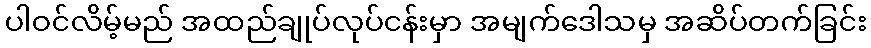
ပါဝင်လိမ့်မည် အထည်ချုပ်လုပ်ငန်းမှာ အမျက်ဒေါသမှ အဆိပ်တက်ခြင်း